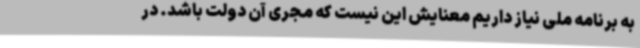
به برنامه ملی نیاز داریم معنایش این نیست که مجری آن دولت باشد. در